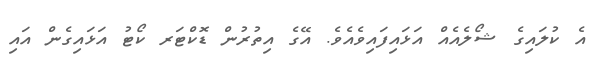
އެ ކުލައިގެ ޝޯލެއެއް އަޅައިފައިވެއެވެ. އޭގެ އިތުރުން ޑޮކްޓަރ ކޯޓު އަޅައިގެން އައި